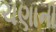
ચણાની